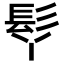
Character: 𩫾